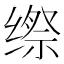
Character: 𮉯